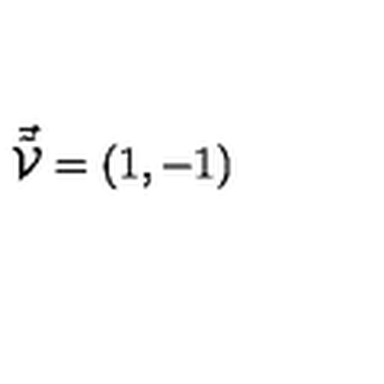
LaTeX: \vec { \tilde { \cal { V } } } = ( 1 , - 1 )